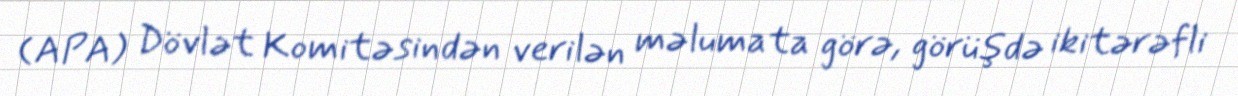
(APA) Dövlət Komitəsindən verilən məlumata görə, görüşdə ikitərəfli